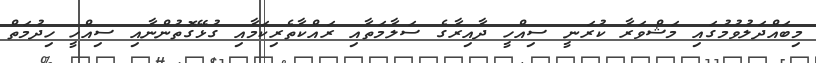
މިބައްދަލުވުމުގައި މަޝްވަރާ ކުރަނީ ސިއްހީ ދާއިރާގެ ސަލާމަތާއި ރައްކާތެރިކަމާއި ގުޅޭގޮތުންނާއި ސިއްހީ ހިދުމަތް